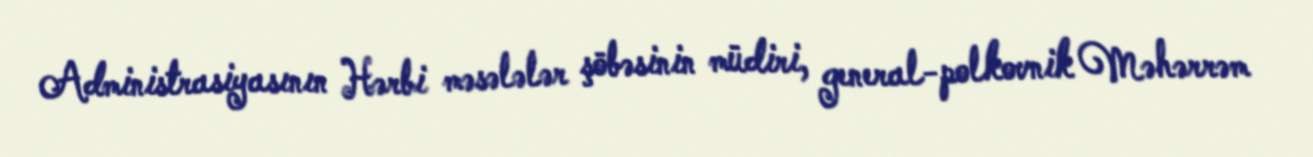
Administrasiyasının Hərbi məsələlər şöbəsinin müdiri, general-polkovnik Məhərrəm